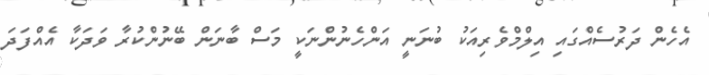
އެހެން ދަރުސެއްގައި އިލްމްވެރިއަކު ބުނަނީ އަންހެނުންނަކީ މަސް ބާނަން ބޭނުންކުރާ ވަދަކާ އެއްފަދަ